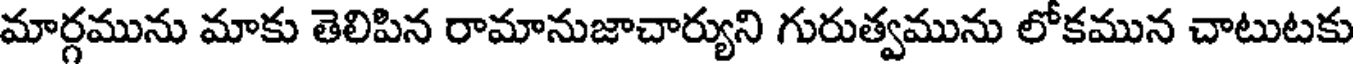
మార్గమును మాకు తెలిపిన రామానుజాచార్యుని గురుత్వమును లోకమున చాటుటకు